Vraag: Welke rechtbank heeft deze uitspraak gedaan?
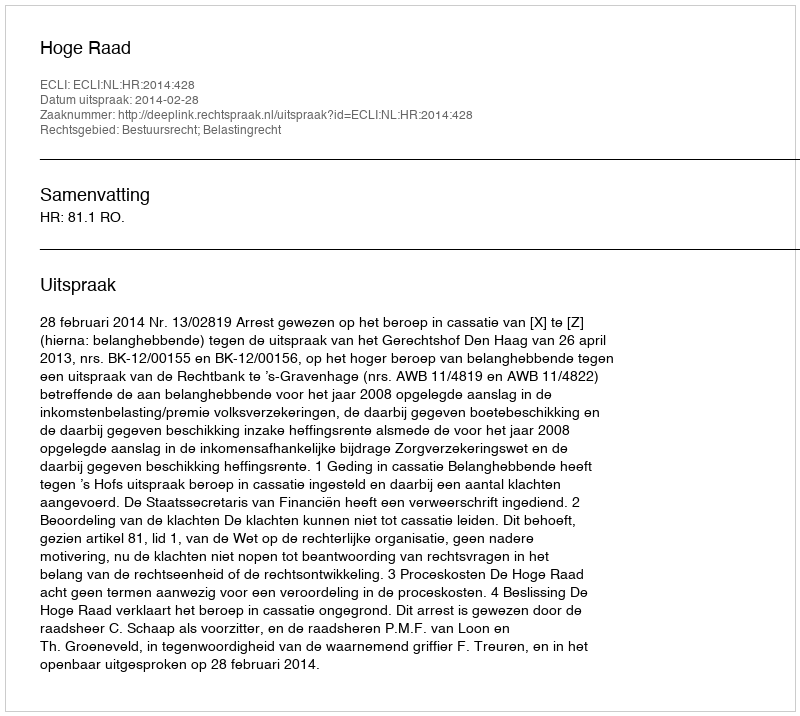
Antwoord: Hoge Raad